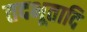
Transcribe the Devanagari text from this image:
तदभूतादि